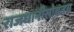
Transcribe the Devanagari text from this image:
राजधानीसोबतच